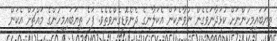
ތިޔަބައިމީހުންނަށް ކުޅަދާނަވެގެން ނުވާނެކަން އެކަލާނގެ ދެނެވޮޑިގެންވެތެވެ. ފަހެ ތިޔަބައިމީހުންގެ މައްޗަށް އެކަން